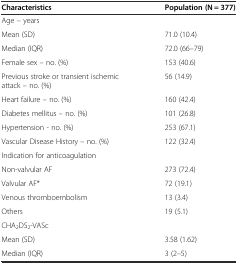
| Characteristics | Population (N = 377) |
 | --- | --- |
 | Age – years |  |
 | Mean (SD) | 71.0 (10.4) |
 | Median (IQR) | 72.0 (66–79) |
 | Female sex – no. (%) | 153 (40.6) |
 | Previous stroke or transient ischemic attack – no. (%) | 56 (14.9) |
 | Heart failure – no. (%) | 160 (42.4) |
 | Diabetes mellitus – no. (%) | 101 (26.8) |
 | Hypertension - no. (%) | 253 (67.1) |
 | Vascular Disease History – no. (%) | 122 (32.4) |
 | Indication for anticoagulation |  |
 | Non-valvular AF | 273 (72.4) |
 | Valvular AF* | 72 (19.1) |
 | Venous thromboembolism | 13 (3.4) |
 | Others | 19 (5.1) |
 | CHA2DS2-VASc |  |
 | Mean (SD) | 3.58 (1.62) |
 | Median (IQR) | 3 (2–5) |